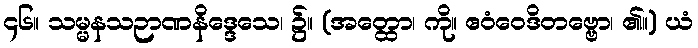
၄၆။ သမ္မနသဉာဏနိဒ္ဒေသေ၊ ၌။ (အတ္ထော၊ ကို။ ဧဝံဝေဒိတဗ္ဗော၊ ၏။) ယံ